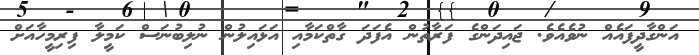
އަންގާދީފައެއް ނުވެއެވެ. ޖައިދަންގެ ފަރާތުން އެފަދަ ގާތްކަމާއި އަޅައިލުން ނުލިބުނަސް ކަމީލާ ފިރިމީހާއަށް